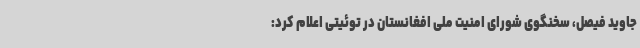
جاوید فیصل، سخنگوی شورای امنیت ملی افغانستان در توئیتی اعلام کرد: